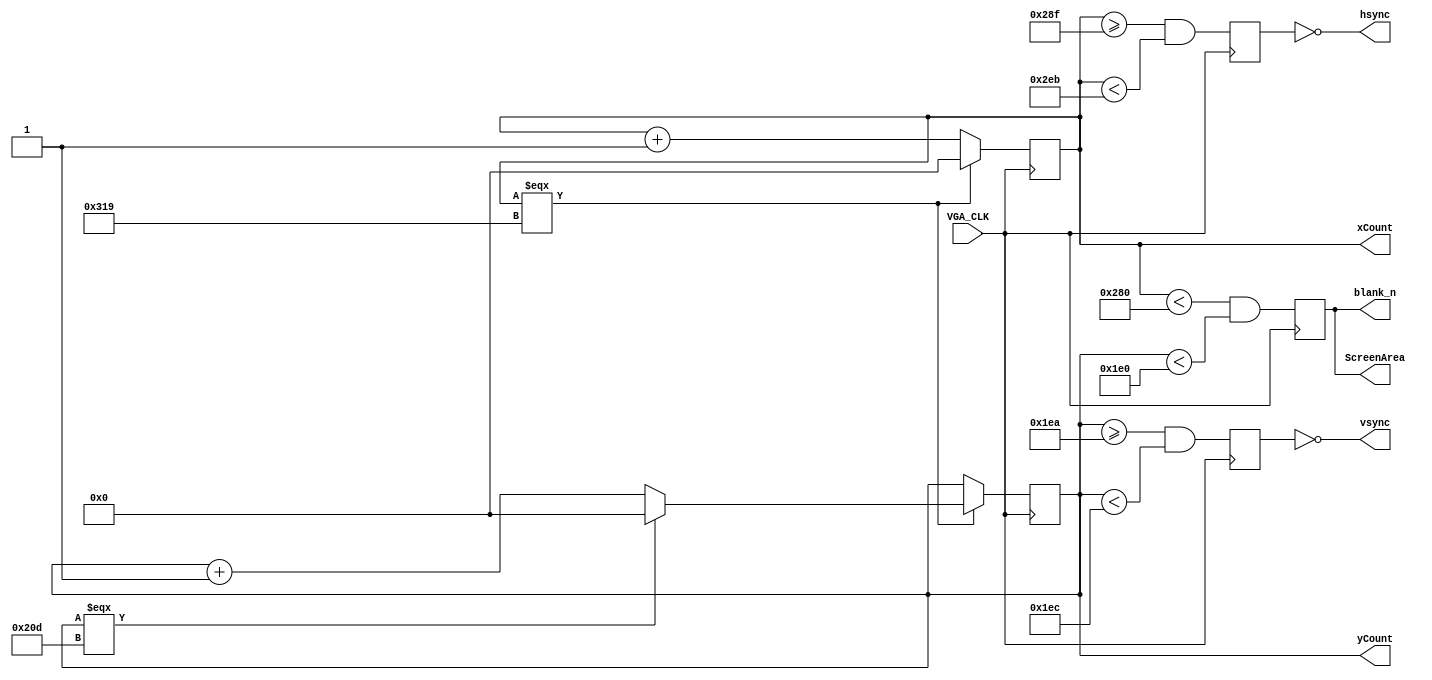
module VGA_Controller(VGA_CLK, xCount, yCount, ScreenArea, hsync, vsync, blank_n);

input VGA_CLK;
output reg [9:0]xCount, yCount; 
output reg ScreenArea;  
output hsync, vsync, blank_n;

reg p_hSync, p_vSync; 
	
integer porchHF = 10'd640; //start of horizntal front porch
integer syncH = 10'd655;//start of horizontal sync
integer porchHB = 10'd747; //start of horizontal back porch
integer maxH = 10'd793; //total length of line.

integer porchVF = 10'd480; //start of vertical front porch 
integer syncV = 10'd490; //start of vertical sync
integer porchVB = 10'd492; //start of vertical back porch
integer maxV = 10'd525; //total rows. 

always@(posedge VGA_CLK)
	begin
		if(xCount === maxH)
			xCount <= 10'd0;
		else
			xCount <= xCount + 10'd1;
	end

	
always@(posedge VGA_CLK)
	begin
		if(xCount === maxH)
			begin
				if(yCount === maxV)
					yCount <= 10'd0;
				else
					yCount <= yCount + 10'd1;
			end
	end
	
always@(posedge VGA_CLK) //display area generator
	begin
		ScreenArea <= ((xCount < porchHF) && (yCount < porchVF)); 
	end

always@(posedge VGA_CLK) //sync signal generator
	begin
		p_hSync <= ((xCount >= syncH) && (xCount < porchHB)); 
		p_vSync <= ((yCount >= syncV) && (yCount < porchVB)); 
	end
 
assign vsync = ~p_vSync; 
assign hsync = ~p_hSync;
assign blank_n = ScreenArea;

endmodule